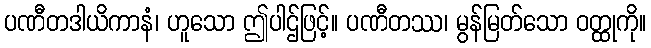
ပဏီတဒါယိကာနံ၊ ဟူသော ဤပါဌ်ဖြင့်။ ပဏီတဿ၊ မွန်မြတ်သော ဝတ္ထုကို။